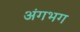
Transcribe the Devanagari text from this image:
अंगभग